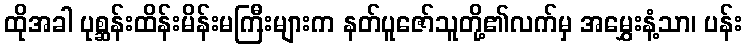
ထိုအခါ ပုစ္ဆန်းထိန်းမိန်းမကြီးများက နတ်ပူဇော်သူတို့၏လက်မှ အမွှေးနံ့သာ၊ ပန်း